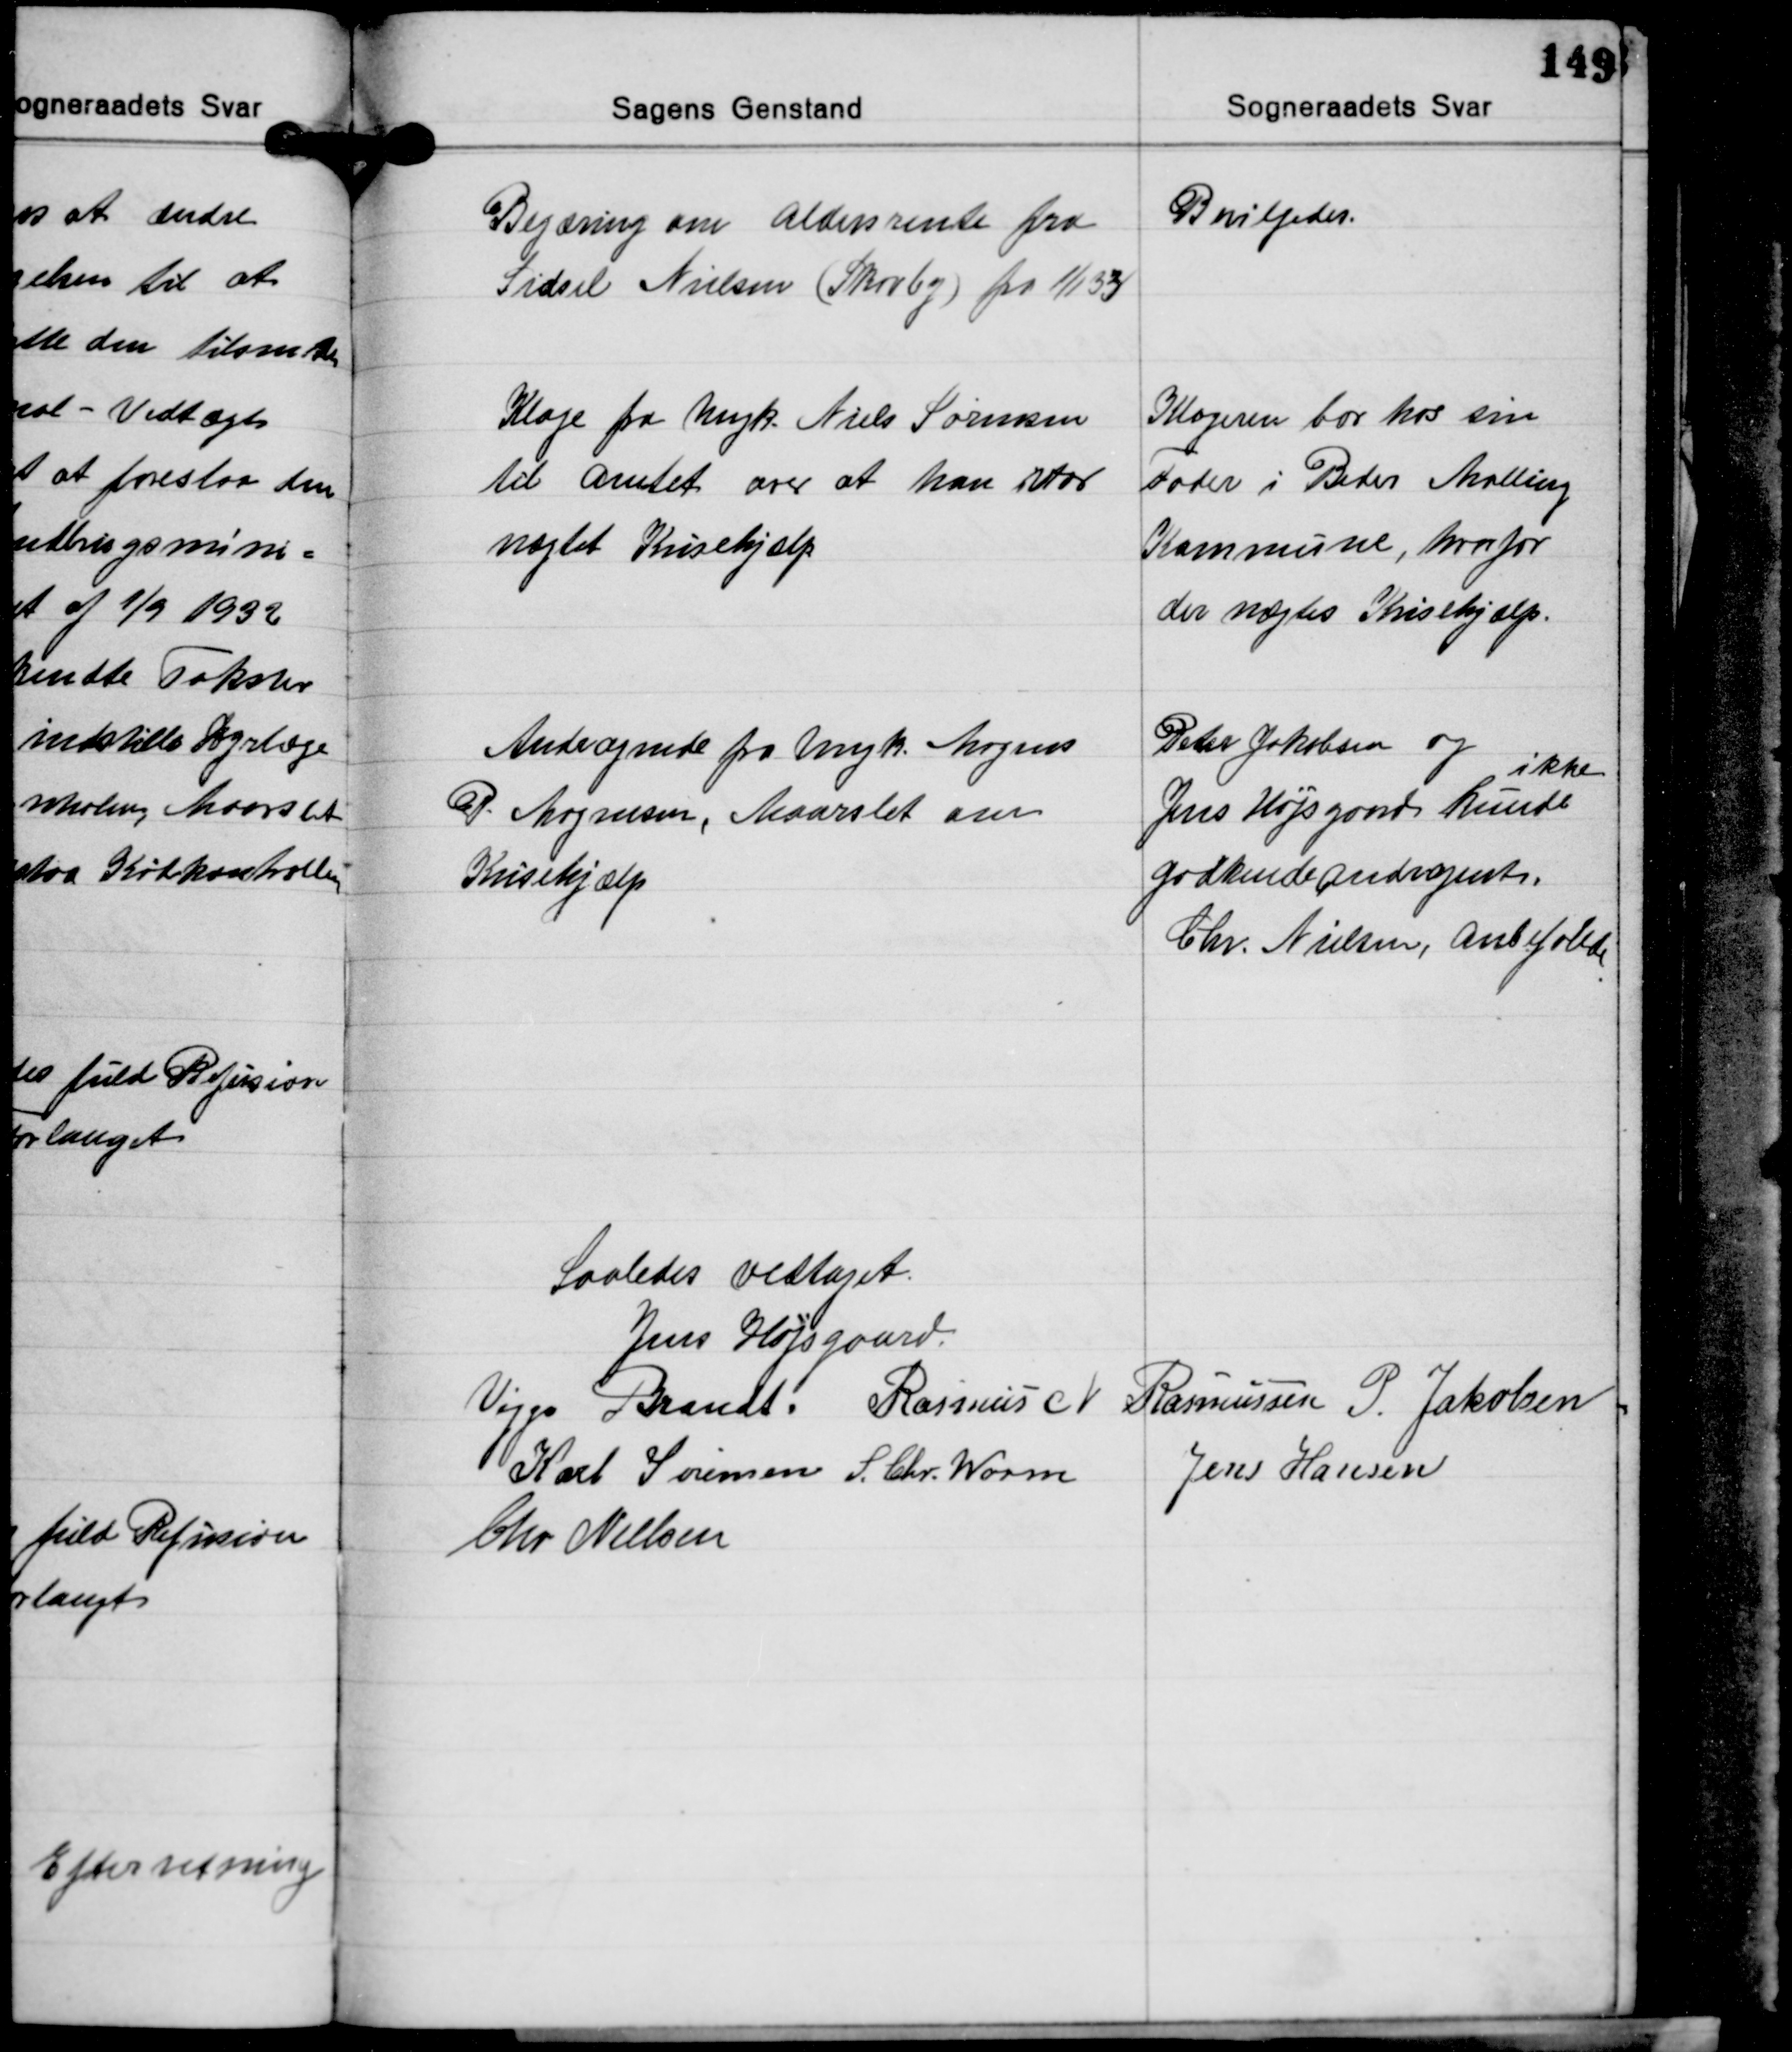
Transskription:
Begæring om Aldersrente fra
Sidsel Nielsen (Skovby) fra 1/1 33

Bevilgedes.

Klage fra Ungk. Niels Sørensen
til Amtet over at han var
nægtet Krisehjælp

Klageren bor hos sin
Fader i Beder Malling
Kommune, hvorfor
der nægtes Krisehjælp.

Andragende fra Ungk. Mogens
P. Mogensen, Maarslet om
Krisehjælp

Peter Jakobsen og
ikke
Jens Højsgaard kunde
godkende andragendet.
Chr. Nielsen, anbefalede

Saaledes vedtaget.
Jens Højsgaard
Viggo Brandt Rasmus N. Rasmussen P. Jakobsen
Jens Hansen
Karl Sørensen S. Chr. Worm
Chr. Nielsen